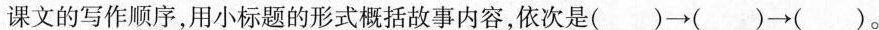
课文的写作顺序，用小标题的形式概括故事内容，依次是() \rightarrow() \rightarrow()。